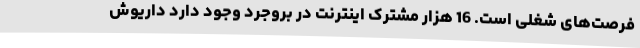
فرصت‌های شغلی است. 16 هزار مشترک اینترنت در بروجرد وجود دارد داریوش